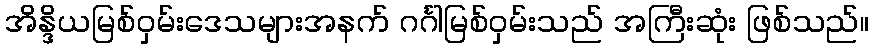
အိန္ဒိယမြစ်ဝှမ်းဒေသများအနက် ဂင်္ဂါမြစ်ဝှမ်းသည် အကြီးဆုံး ဖြစ်သည်။